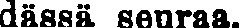
dässä seuraa.